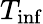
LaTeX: T_{\mathrm{inf}}